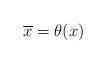
LaTeX: \begin{align*}\overline x=\theta(x)\end{align*}